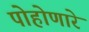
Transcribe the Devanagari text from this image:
पोहोणारे